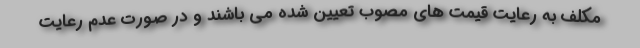
مکلف به رعایت قیمت های مصوب تعیین شده می باشند و در صورت عدم رعایت